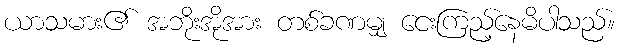
ယာသမား၏ အဘိုးအိုအား တစ်ခဏမျှ ငေးကြည့်နေမိပါသည်။